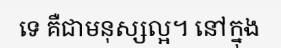
ទេ គឺជាមនុស្សល្អ។ នៅក្នុង